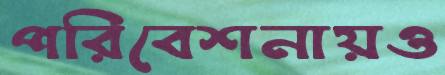
পরিবেশনায়ও